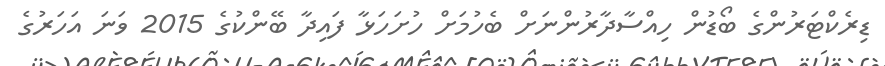
ޑިރެކްޓަރުންގެ ބޯޑުން ހިއްސާދާރުންނަށް ބެހުމަށް ހުށަހަޅާ ފައިދާ ބޭންކުގެ 2015 ވަނަ އަހަރުގެ